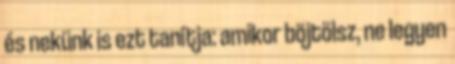
és nekünk is ezt tanítja: amikor böjtölsz, ne legyen